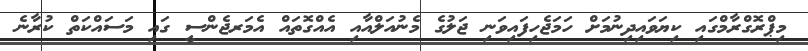
މިޕްރޮގްރާމްގައި ކިޔަވައިދިނުމަށް ހަމަޖެހިފައިވަނި ޖަލުގެ މެނުއަލްއާއި އެއްގޮތައް އެމަރޖެންސީ ގައި މަސައްކަތް ކުރާނެ